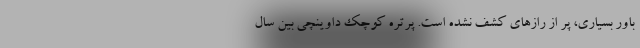
باور بسیاری، پر از رازهای کشف نشده است. پرتره کوچک داوینچی بین سال